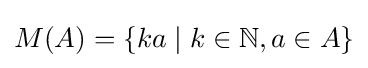
M(A)=\{ka\mid k\in \mathbb {N} ,a\in A\}